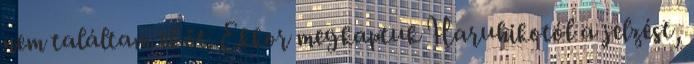
nem találtam el őt. Ekkor megkaptuk Haruhikotól a jelzést,